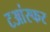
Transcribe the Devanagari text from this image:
टआंस्फर